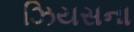
ઝિયસના